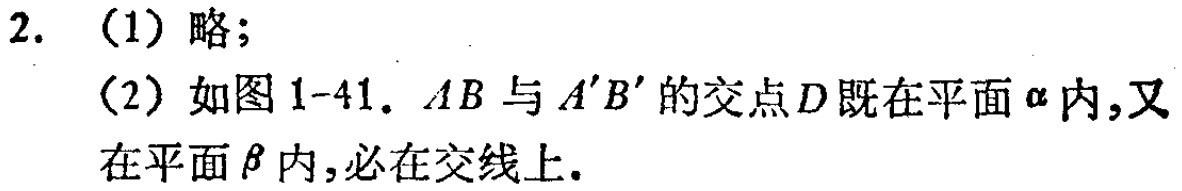
2. （1）略；
（2）如图1-41. \(AB\)与\(A'B'\)的交点\(D\)既在平面\(\alpha\)内,又在平面\(\beta\)内,必在交线上.